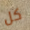
كل